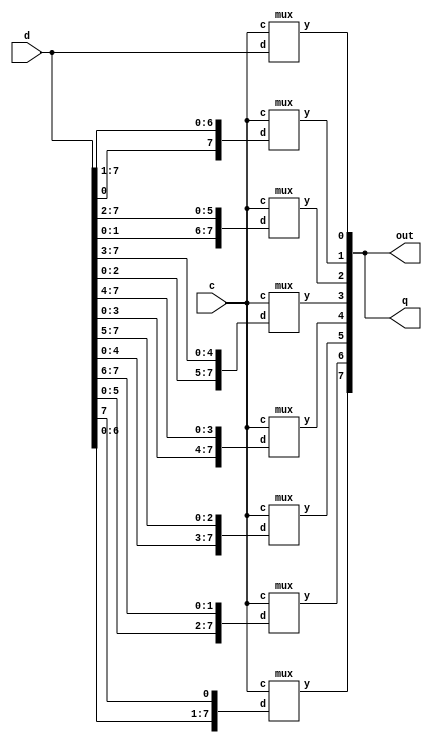
module barrel_shifter(d,out,q,c); // Main module of 8-Bit Barrel shifter
  input [7:0]d;
  output [7:0]out,q;
  input[2:0]c;
  mux m1(q[0],d,c);
  mux m2(q[1],{d[0],d[7:1]},c);
  mux m3(q[2],{d[1:0],d[7:2]},c);
  mux m4(q[3],{d[2:0],d[7:3]},c);
  mux m5(q[4],{d[3:0],d[7:4]},c);
  mux m6(q[5],{d[4:0],d[7:5]},c);
  mux m7(q[6],{d[5:0],d[7:6]},c);
  mux m8(q[7],{d[6:0],d[7:7]},c);
  assign out=q;
endmodule

module mux(y,d,c); // Sub module of 8-Bit barrel shifter
  input[7:0]d;
  output y;
  reg y;
  input [2:0]c;
  always @ (c)
  begin
    if (c==3'b000)
      y = d[0];
    else if (c==3'b001)
      y = d[1];
      else if (c==3'b010)
      y = d[2];
      else if (c==3'b011)
      y = d[3];
      else if (c==3'b100)
      y = d[4];
      else if (c==3'b101)
      y = d[5];
      else if (c==3'b110)
      y = d[6];
      else if (c==3'b111)
      y = d[7];
    end
  endmodule 

module tb_barrel();
reg [7:0]p;
reg [2:0]t;
wire [7:0]r,s;
barrel_shifter b1(p,r,s,t);
initial
begin 
p = 8'b11001100;
t= 3'b101;
end 
endmodule